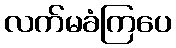
လက်မခံကြပေ